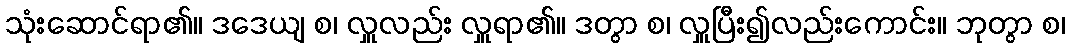
သုံးဆောင်ရာ၏။ ဒဒေယျ စ၊ လှူလည်း လှူရာ၏။ ဒတွာ စ၊ လှူပြီး၍လည်းကောင်း။ ဘုတွာ စ၊